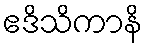
ဧဒိသိကာနိ